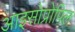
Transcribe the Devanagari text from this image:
आइसोप्रोपिल